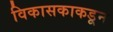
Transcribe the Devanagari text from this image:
विकासकाकडून